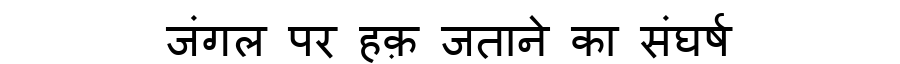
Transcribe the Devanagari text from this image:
जंगल पर हक़ जताने का संघर्ष